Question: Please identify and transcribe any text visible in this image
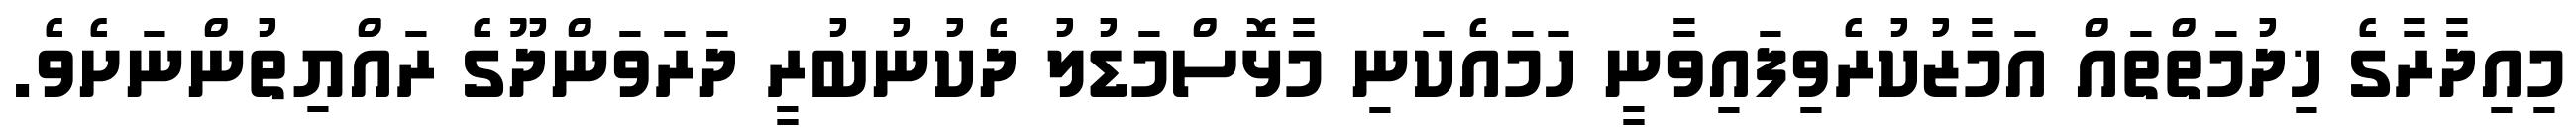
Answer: މިއިދާރާގެ ޚިދުމަތްތައް އަމާޒުކުރެވިފައިވާނީ ހަމައެކަނި މާޅޮސްމަޑުލު ދެކުނުބުރީ ދަރަވަންދޫގެ ރައްޔިތުންނަށެވެ.